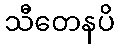
သီတေနပိ